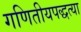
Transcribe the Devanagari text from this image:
गणितीयपद्धत्या